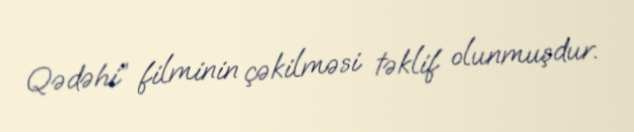
Qədəhi” filminin çəkilməsi təklif olunmuşdur.